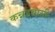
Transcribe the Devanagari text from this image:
कन्नडवासी